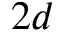
2 d